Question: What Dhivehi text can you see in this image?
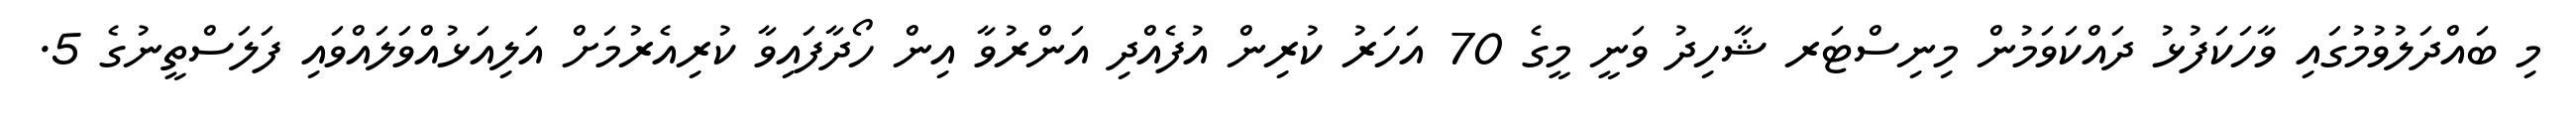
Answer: މި ބައްދަލުވުމުގައި ވާހަކަފުޅު ދައްކަވަމުން މިނިސްޓަރ ޝާހިދު ވަނީ މީގެ 70 އަހަރު ކުރިން އުފެއްދި އަންރުވާ އިން ހޯދާފައިވާ ކުރިއެރުމަށް އަލިއަޅުއްވަލައްވައި ފަލަސްތީނުގެ 5.